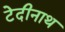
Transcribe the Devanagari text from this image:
टेदीनाथ